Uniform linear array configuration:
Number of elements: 64
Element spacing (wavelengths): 0.25
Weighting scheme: cosine
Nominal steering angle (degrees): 15
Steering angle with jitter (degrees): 15.685
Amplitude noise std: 0.05
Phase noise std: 0.05

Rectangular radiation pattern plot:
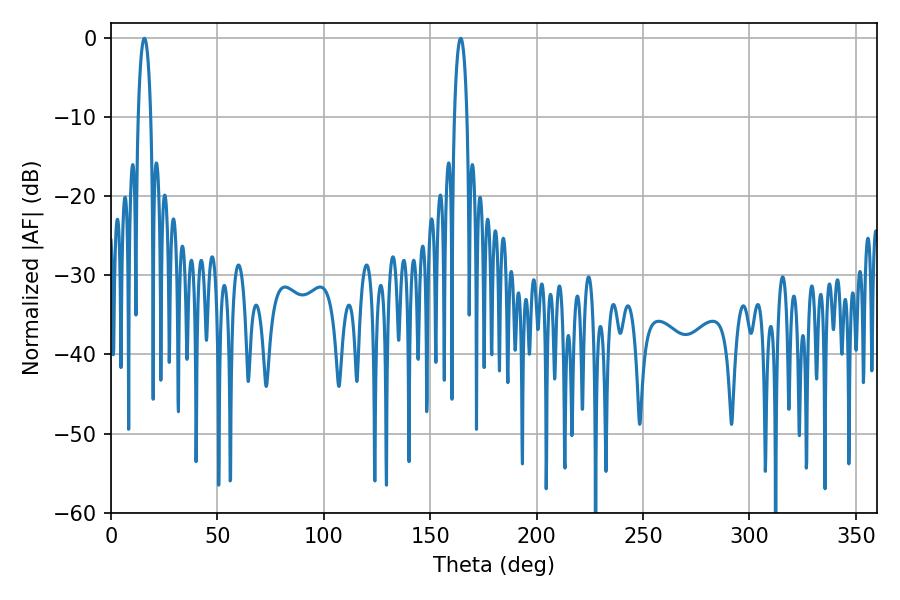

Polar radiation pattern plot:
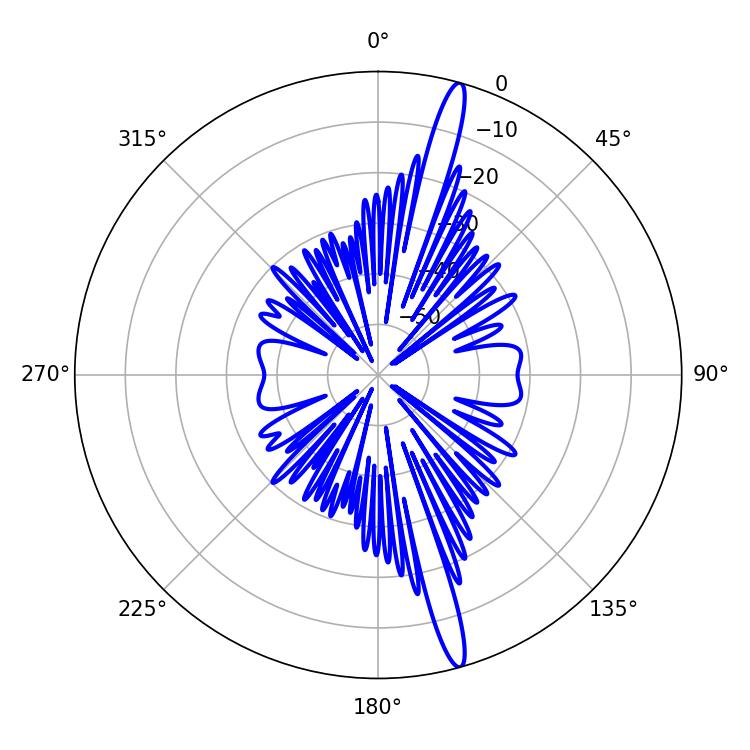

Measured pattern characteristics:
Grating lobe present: FALSE
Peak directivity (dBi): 17.488
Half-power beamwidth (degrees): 3.24
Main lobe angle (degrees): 15.66